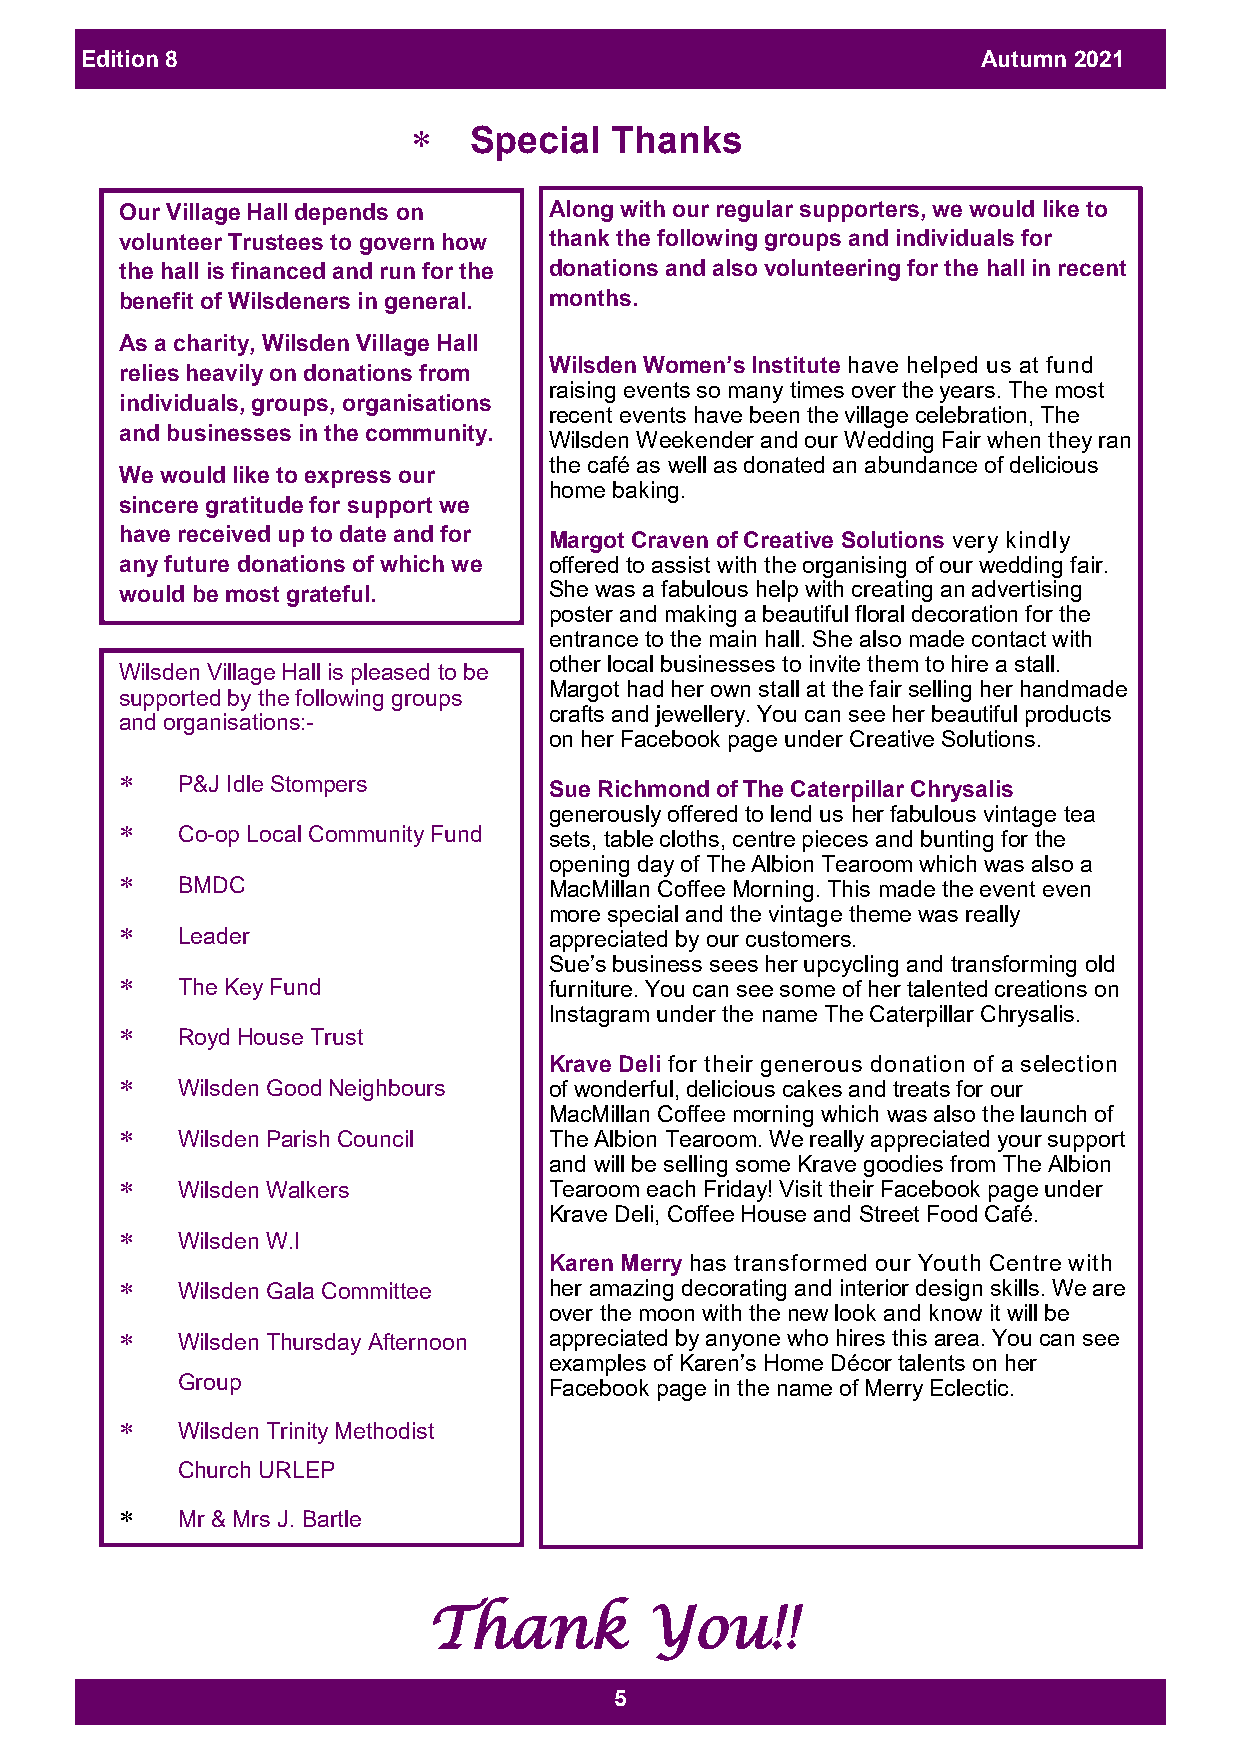
Edition 8                                                   Autumn 2021
    Special  Thanks
 Our Village Hall depends on Along with our regular supporters, we would like to
 volunteer Trustees to govern how thank the following groups and individuals for
 the hall is financed and run for the donations and also volunteering for the hall in recent
 benefit of Wilsdeners in general. months.
 As a charity, Wilsden Village Hall
 Wilsden Women’s Institute have helped us at fund
 relies heavily on donations from
 raising events so many times over the years. The most
 individuals, groups, organisations
 recent events have been the village celebration, The
 and businesses in the community.
 Wilsden Weekender and our Wedding Fair when they ran
 the café as well as donated an abundance of delicious
 We would like to express our
 home baking.
 sincere gratitude for support we
 have received up to date and for Margot Craven of Creative Solutions very kindly
 any future donations of which we offered to assist with the organising of our wedding fair.
 would be most grateful.     She was a fabulous help with creating an advertising
 poster and making a beautiful floral decoration for the
 entrance to the main hall. She also made contact with
 other local businesses to invite them to hire a stall.
 Wilsden Village Hall is pleased to be
 Margot had her own stall at the fair selling her handmade
 supported by the following groups
 crafts and jewellery. You can see her beautiful products
 and organisations:-
 on her Facebook page under Creative Solutions.
 
 P&J Idle Stompers       Sue Richmond of The Caterpillar Chrysalis
 generously offered to lend us her fabulous vintage tea
 
 Co-op Local Community Fund sets, table cloths, centre pieces and bunting for the
 opening day of The Albion Tearoom which was also a
 
 BMDC                    MacMillan Coffee Morning. This made the event even
 more special and the vintage theme was really
 
 Leader                  appreciated by our customers.
 Sue’s business sees her upcycling and transforming old
 
 The Key Fund            furniture. You can see some of her talented creations on
 Instagram under the name The Caterpillar Chrysalis.
 
 Royd House Trust
 Krave Deli for their generous donation of a selection
 
 Wilsden Good Neighbours of wonderful, delicious cakes and treats for our
 MacMillan Coffee morning which was also the launch of
    Wilsden Parish Council  The Albion Tearoom. We really appreciated your support
 and will be selling some Krave goodies from The Albion
    Wilsden Walkers         Tearoom each Friday! Visit their Facebook page under
 Krave Deli, Coffee House and Street Food Café.
 
 Wilsden W.I
 Karen Merry has transformed our Youth Centre with
    Wilsden Gala Committee  her amazing decorating and interior design skills. We are
 over the moon with the new look and know it will be
    Wilsden Thursday Afternoon appreciated by anyone who hires this area. You can see
 examples of Karen’s Home Décor talents on her
 Group
 Facebook page in the name of Merry Eclectic.
 
 Wilsden Trinity Methodist
 Church URLEP
 
 Mr & Mrs J. Bartle
 Thank          You!!
 5